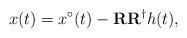
LaTeX: \begin{align*} x(t) = x^\circ(t) - \mathbf{R}\mathbf{R}^\dagger h(t) ,\end{align*}